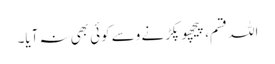
اللہ قسم، پیچھو پکڑنے وِسے کوئی بھی نہ آیا۔